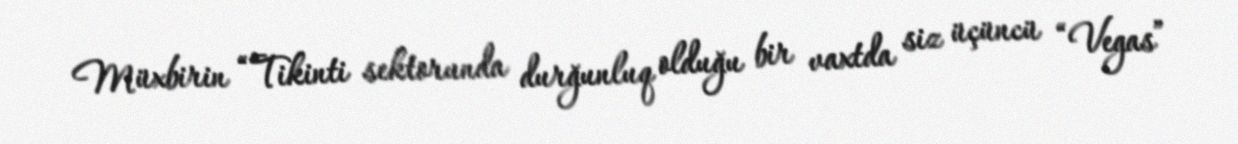
Müxbirin “Tikinti sektorunda durğunluq olduğu bir vaxtda siz üçüncü “Vegas”